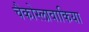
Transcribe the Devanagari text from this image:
चैकोस्लावाकिया